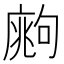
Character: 𢊙